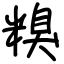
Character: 糗